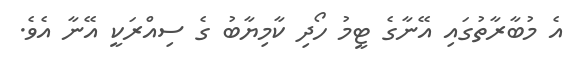
އެ މުބާރާތުގައި އޭނާގެ ޓީމު ހޯދި ކާމިޔާބު ގެ ސިއްރަކީ އޭނާ އެވެ.